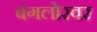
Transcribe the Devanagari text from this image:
बंगलोरवर